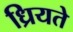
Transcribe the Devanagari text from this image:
ध्रियते